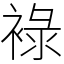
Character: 䘵